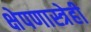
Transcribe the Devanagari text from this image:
क्षेपणास्त्रेही